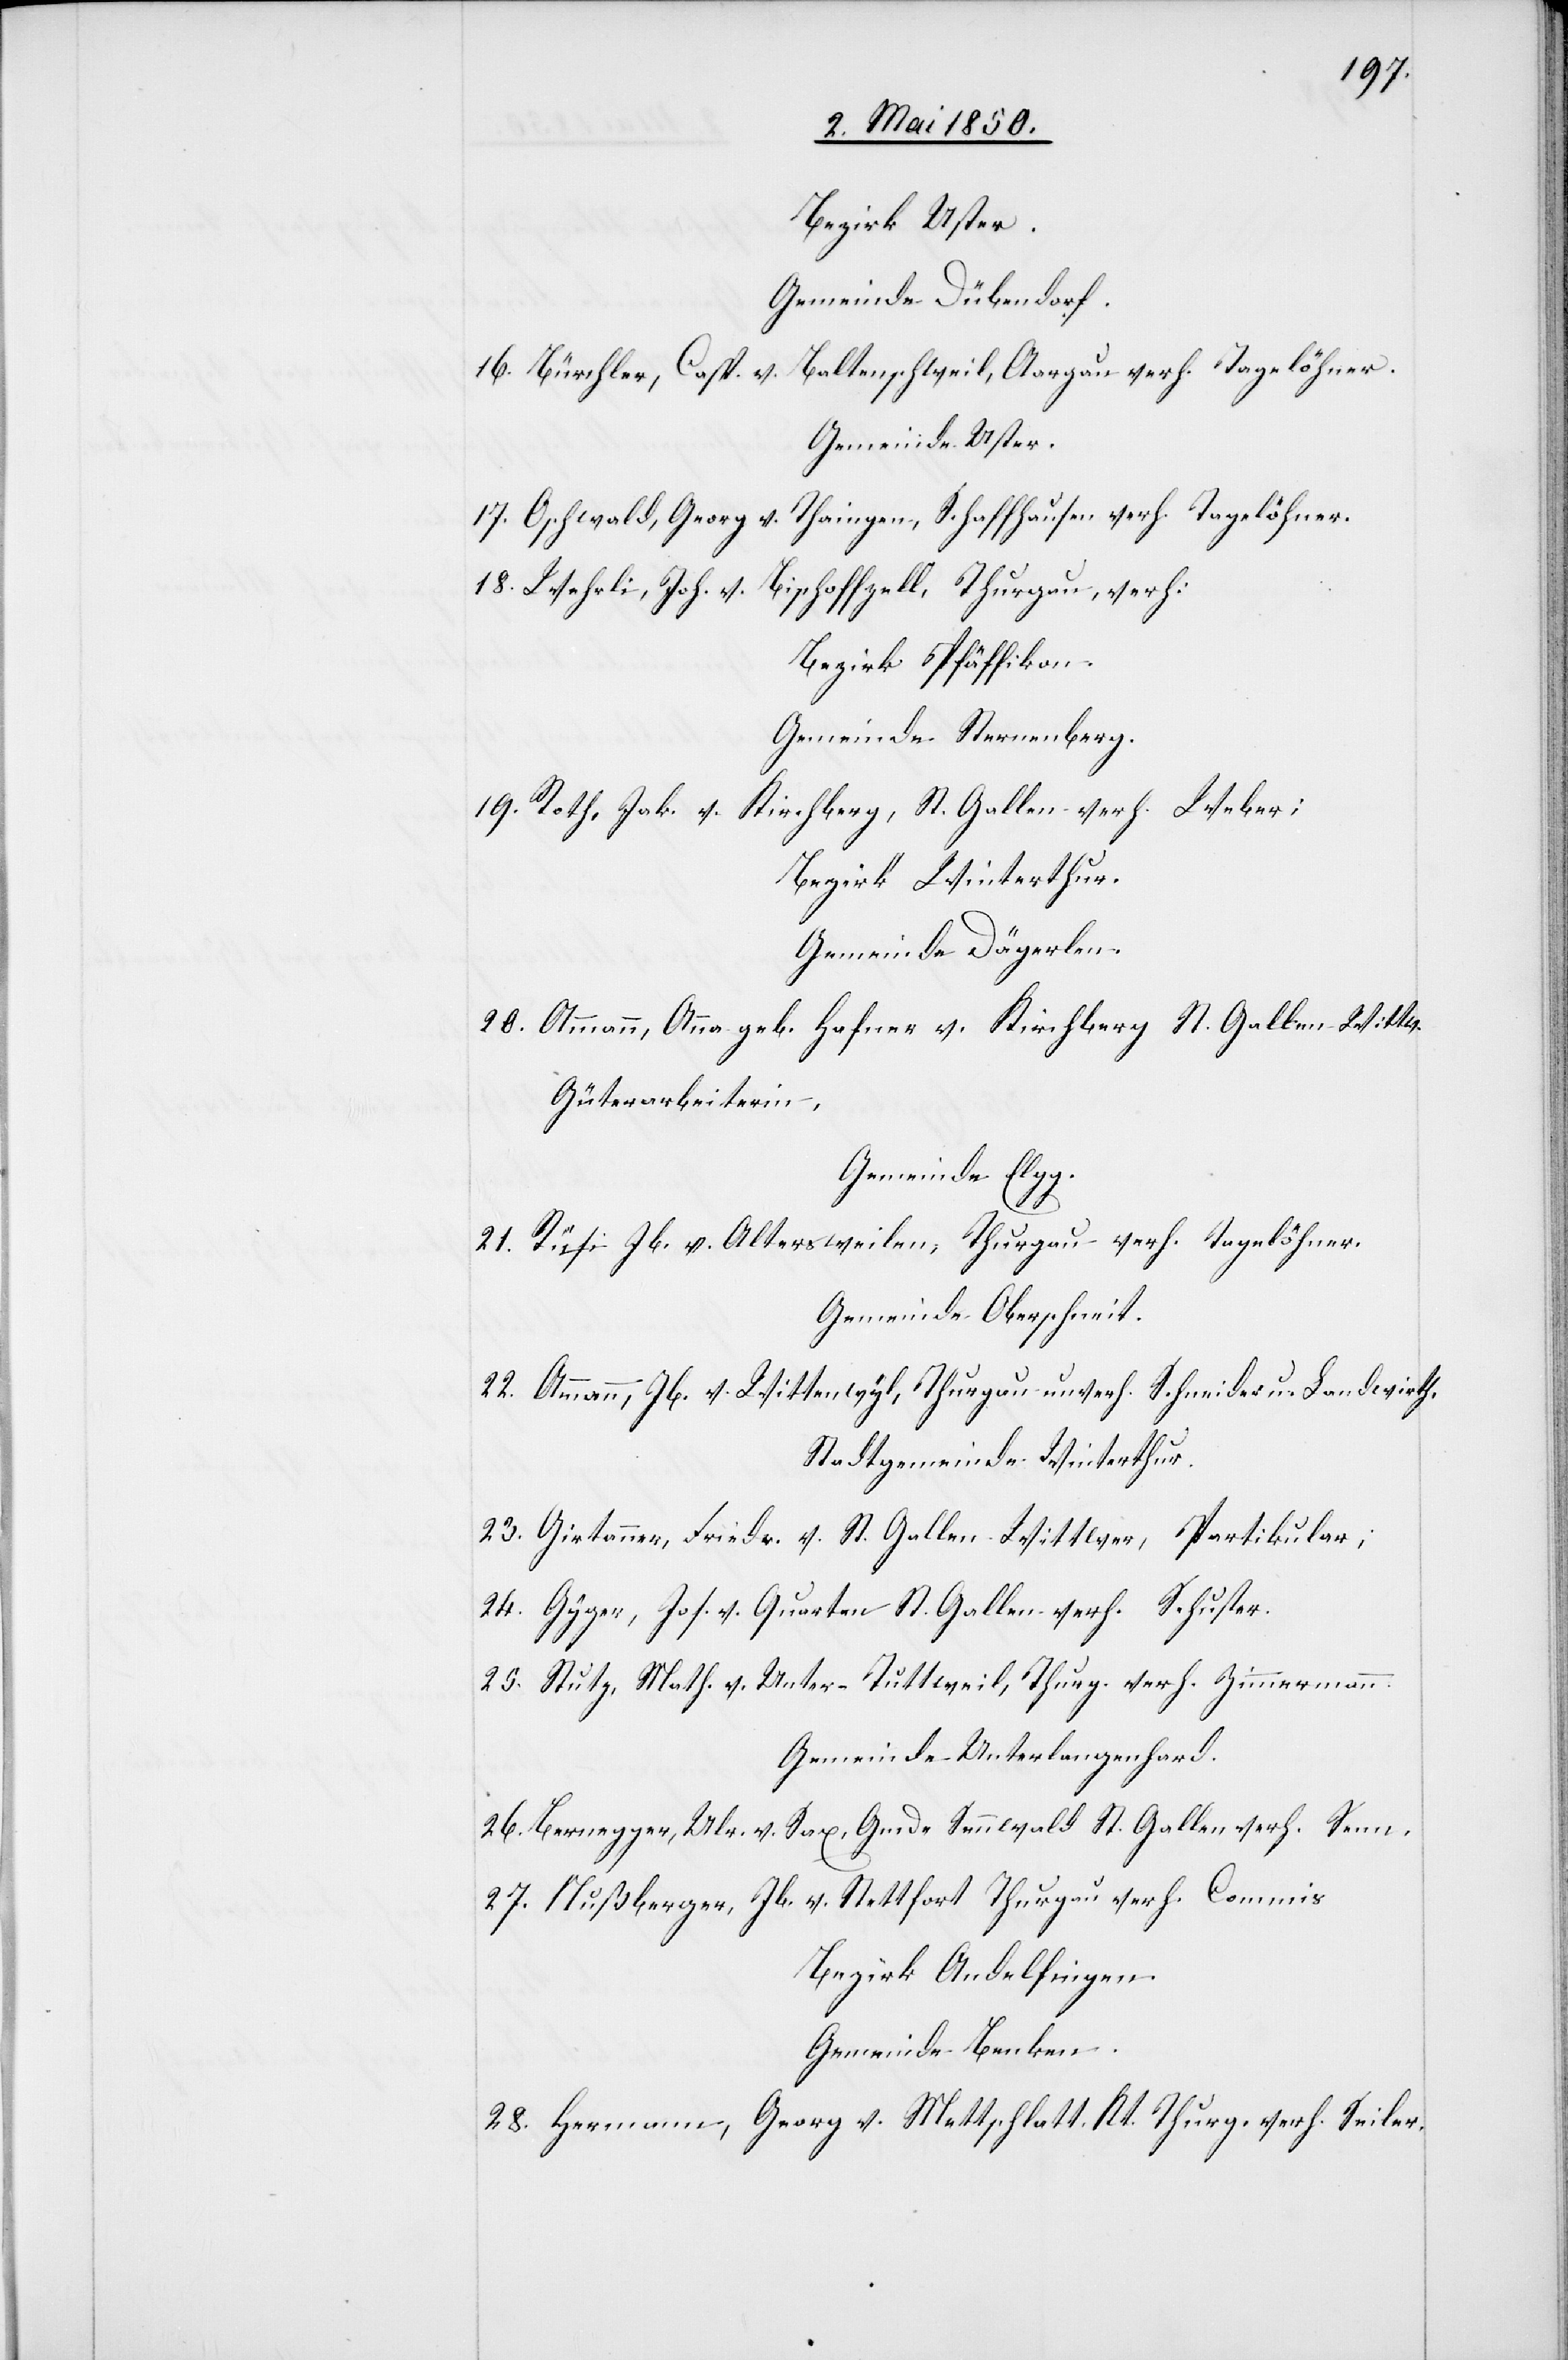
Bezirk Uster.
Gemeinde Dübendorf.
16. Bürchler, Casp. v. Baltenschweil, Aargau verh. Tagelöhner.
Gemeinde Uster.
Theingen, Schaffhausen verh. Tagelöhner.
17. Oschwald, Georg v.
18. Wehrli, Joh. v.
Bischoffzell, Thurgau, verh:
Bezirk Pfäffikon.
Gemeinde Sternenberg.
19. Roth, Jak. v. Kirchberg, St. Gallen verh. Weber;
Bezirk Winterthur.
Gemeinde Dägerlen.
20. Ammann, Anna geb. Hafner v. Kirchberg St. Gallen Wittw.
Güterarbeiterin,
Gemeinde Elgg.
21. Rüsi Jb. v. Altersweilen, Thurgau verh. Tagelöhner.
Gemeinde Oberschneit.
22. Ammann, Jb. v. Wittenwyl, Thurgau unverh. Schneider u. Landwirth.
Stadtgemeinde Winterthur.
23. Girtanner, Friedr. v. St. Gallen Wittwer, Partikular;
24. Gyger, Jos. v. Quarten St. Gallen verh. Schuster.
25. Stutz, Math. v. Unter-Tuttweil, Thurg. verh. Zimmermann.
Gemeinde Unterlangenhard.
26. Bernegger, Ulr. v. Sax, Gmde Sennwald St. Gallen verh. Senn,
27. Nußberger, Jb. v. Stettfort Thurgau verh Commis
Bezirk Andelfingen.
Gemeinde Benken.
28. Hermann, Georg v. Mettschlatt. Kt. Thurg. verh. Seiler.